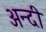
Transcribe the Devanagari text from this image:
अन्दी